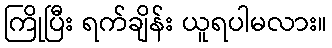
ကြိုပြီး ရက်ချိန်း ယူရပါမလား။